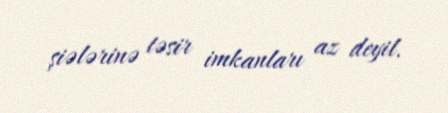
şiələrinə təsir imkanları az deyil.